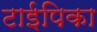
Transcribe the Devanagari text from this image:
टाईपिका